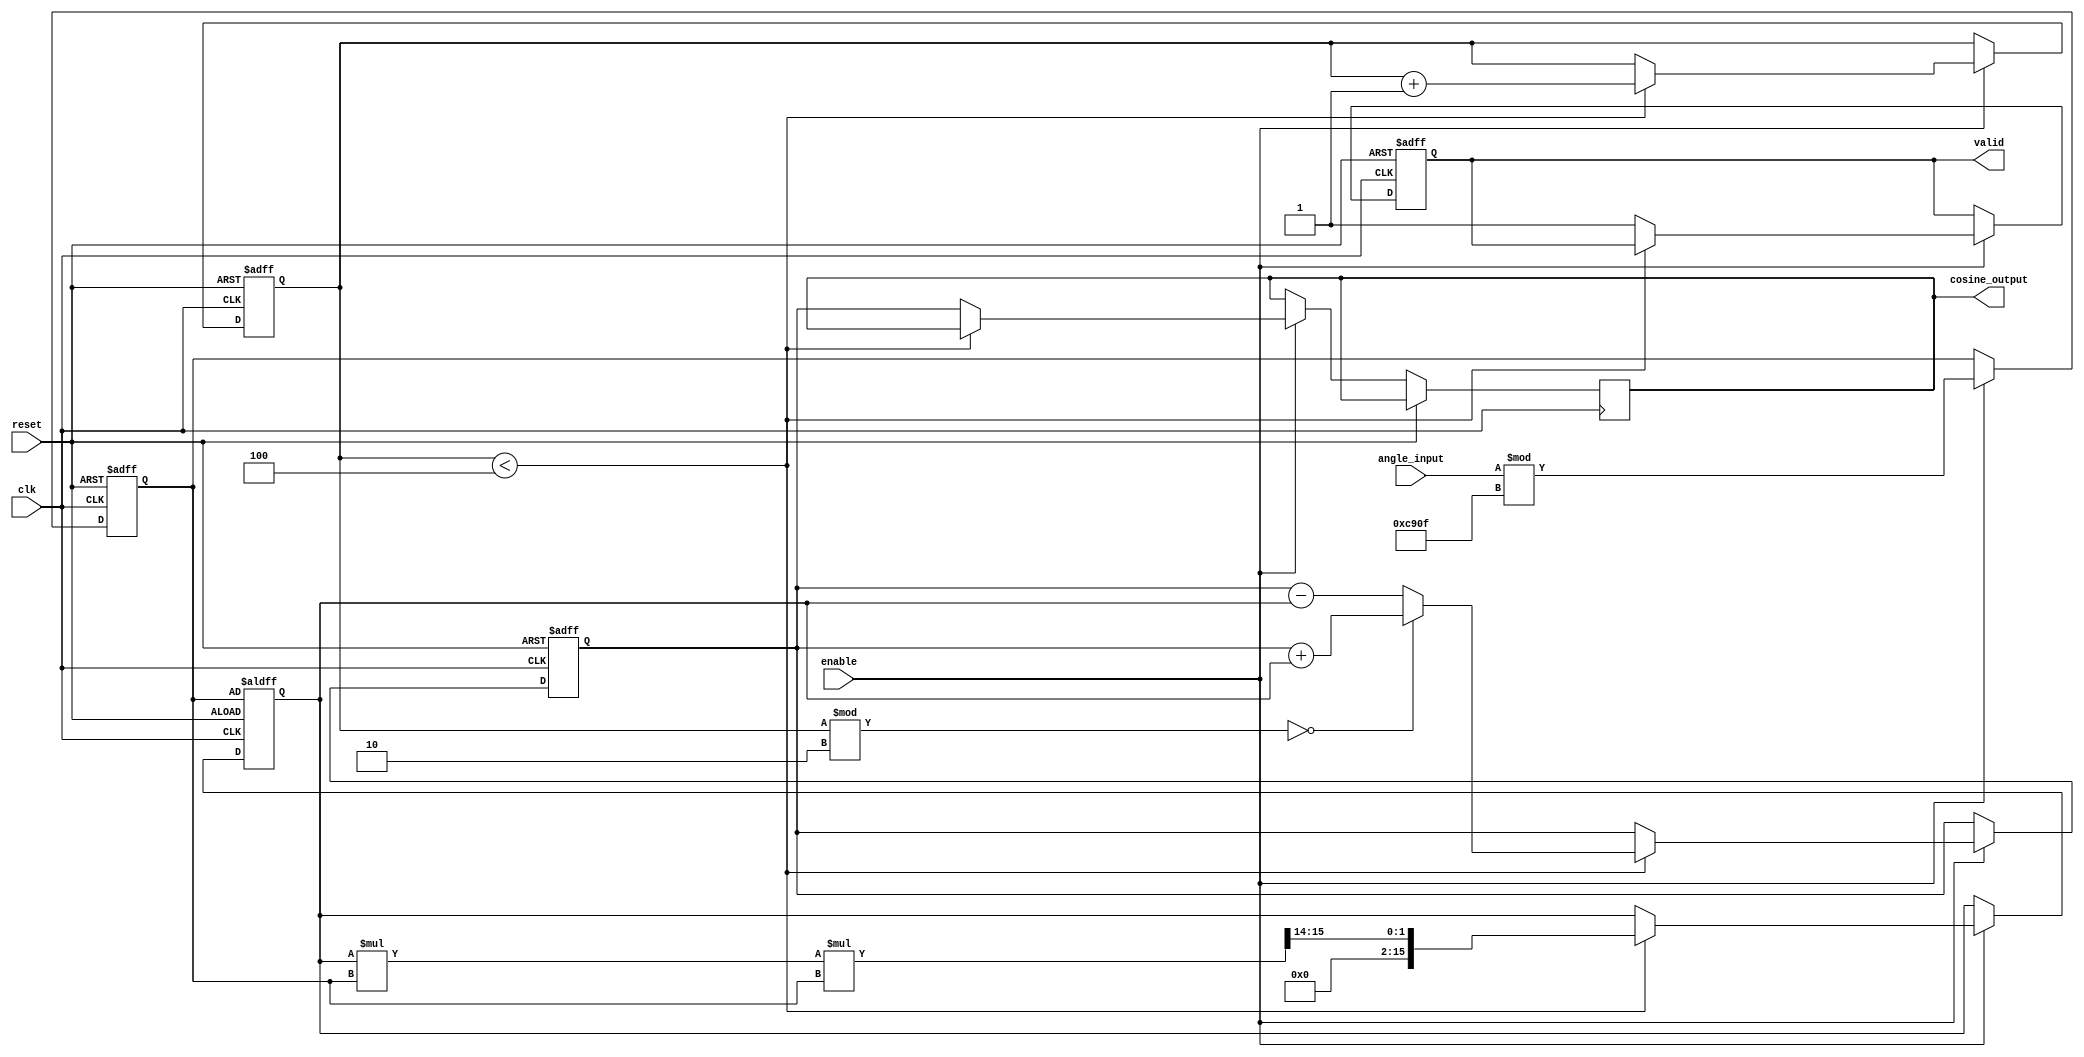
module cosine_block (
    input wire clk,
    input wire reset,
    input wire enable,
    input wire [15:0] angle_input, // Fixed-point representation of angle in radians
    output reg [15:0] cosine_output, // Fixed-point representation of cosine output
    output reg valid // Signal to indicate output is valid
);

    // Constants for Taylor series coefficients
    parameter COEFF_0 = 16'h4000; // 1.0 in fixed-point
    parameter COEFF_2 = 16'hC000; // -1/2! in fixed-point
    parameter COEFF_4 = 16'h3D09; // 1/4! in fixed-point (approx. 0.041666)
    parameter COEFF_6 = 16'hB5A0; // -1/6! in fixed-point (approx. -0.001388)

    reg [15:0] angle_normalized;
    reg [15:0] term;
    reg [3:0] count; // Counter for Taylor series terms
    reg [15:0] sum;

    // Angle normalization to [0, 2]
    always @(posedge clk or posedge reset) begin
        if (reset) begin
            angle_normalized <= 16'h0000;
        end else if (enable) begin
            angle_normalized <= angle_input % 16'hC90F; // 2 in fixed-point (approx. 6.28318)
        end
    end

    // Taylor series computation
    always @(posedge clk or posedge reset) begin
        if (reset) begin
            count <= 0;
            sum <= COEFF_0; // Start with the first term (1.0)
            term <= angle_normalized; // Start with 
            valid <= 0;
        end else if (enable) begin
            if (count < 4) begin // Compute up to 4 terms
                if (count % 2 == 0) begin
                    sum <= sum + term; // Add even terms
                end else begin
                    sum <= sum - term; // Subtract odd terms
                end

                // Compute the next term
                term <= (term * angle_normalized * angle_normalized) >> 14; // ^2 / n!
                count <= count + 1;
            end else begin
                cosine_output <= sum; // Output the result
                valid <= 1; // Indicate output is valid
            end
        end
    end

endmodule